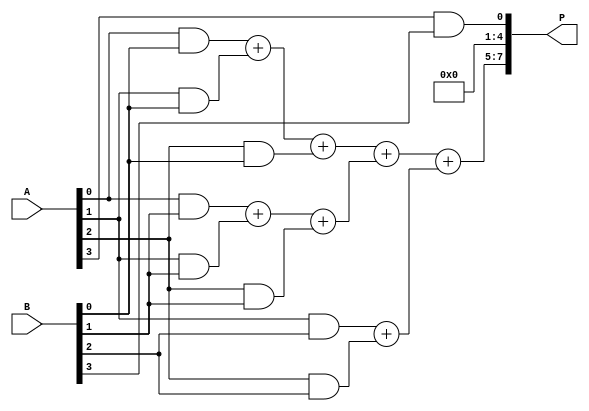
module dadda_multiplier #(parameter N = 4) (
    input [N-1:0] A,
    input [N-1:0] B,
    output reg [2*N-1:0] P
);

    // Partial Products Generation
    wire [N-1:0] pp [0:N-1]; // Array of partial products
    generate
        genvar i, j;
        for (i = 0; i < N; i = i + 1) begin : gen_pp
            for (j = 0; j < N; j = j + 1) begin : gen_pp_j
                assign pp[i][j] = A[i] & B[j]; // Generate partial products
            end
        end
    endgenerate

    // Stage 1: Reduction of Partial Products
    wire [N:0] sum1 [0:N-1]; // First stage sums
    wire [N:0] sum2 [0:N-1]; // Second stage sums
    wire [N:0] sum3 [0:N-1]; // Third stage sums

    // Stage 1 - compress partial products
    assign sum1[0] = pp[0][0] + pp[1][0] + pp[2][0]; // Example of partial grouping
    assign sum1[1] = pp[0][1] + pp[1][1] + pp[2][1];
    assign sum1[2] = pp[1][2] + pp[2][2];
    assign sum1[3] = pp[3][3];

    // Stage 2 - further reduction
    assign sum2[0] = sum1[0][0] + sum1[1][0];
    assign sum2[1] = sum1[2];
    assign sum2[2] = sum1[3];

    // Stage 3 - finalize the reduction
    assign sum3[0] = sum2[0] + sum2[1];
    assign sum3[1] = sum2[2];

    // Final Product Calculation
    always @(*) begin
        P = {sum3[0], sum3[1]}; // Concatenate results
    end

endmodule